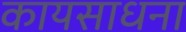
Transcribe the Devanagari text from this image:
कायसाधना